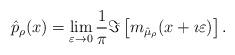
LaTeX: \begin{align*}\hat{p}_\rho(x) &= \lim_{\varepsilon\to 0}\frac1\pi \Im\left[ m_{\hat{\mu}_\rho}(x+\imath \varepsilon)\right].\end{align*}